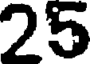
25